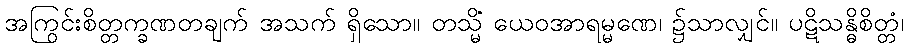
အကြွင်းစိတ္တက္ခဏတချက် အသက် ရှိသော။ တသ္မိံ ယေဝအာရမ္မဏေ၊ ၌သာလျှင်။ ပဋိသန္ဓိစိတ္တံ၊